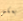
بعكس